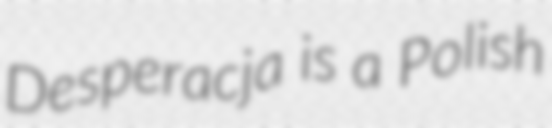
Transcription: Desperacja is a Polish